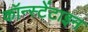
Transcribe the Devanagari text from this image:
कॉन्स्टेंटाइन